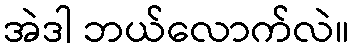
အဲဒါ ဘယ်လောက်လဲ။